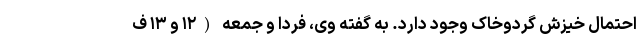
احتمال خیزش گردوخاک وجود دارد. به گفته وی، فردا و جمعه (۱۲ و ۱۳ ف